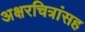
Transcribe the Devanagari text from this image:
अक्षरचित्रांसह